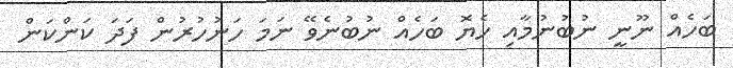
ބަހެއް ނޫނީ ނުބުނުމާއި ހެޔޮ ބަހެއް ނުބުނެވޭ ނަމަ ހަނުހުރުން ފަދަ ކަންކަން